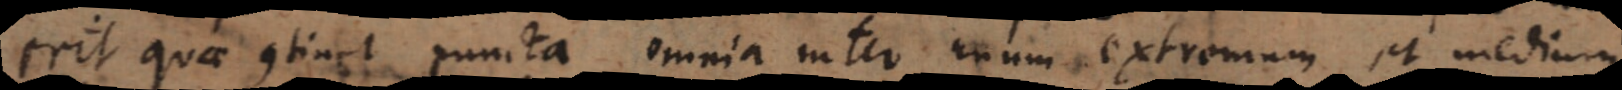
erit quae continet puncta omnia inter unum extremum et medium,